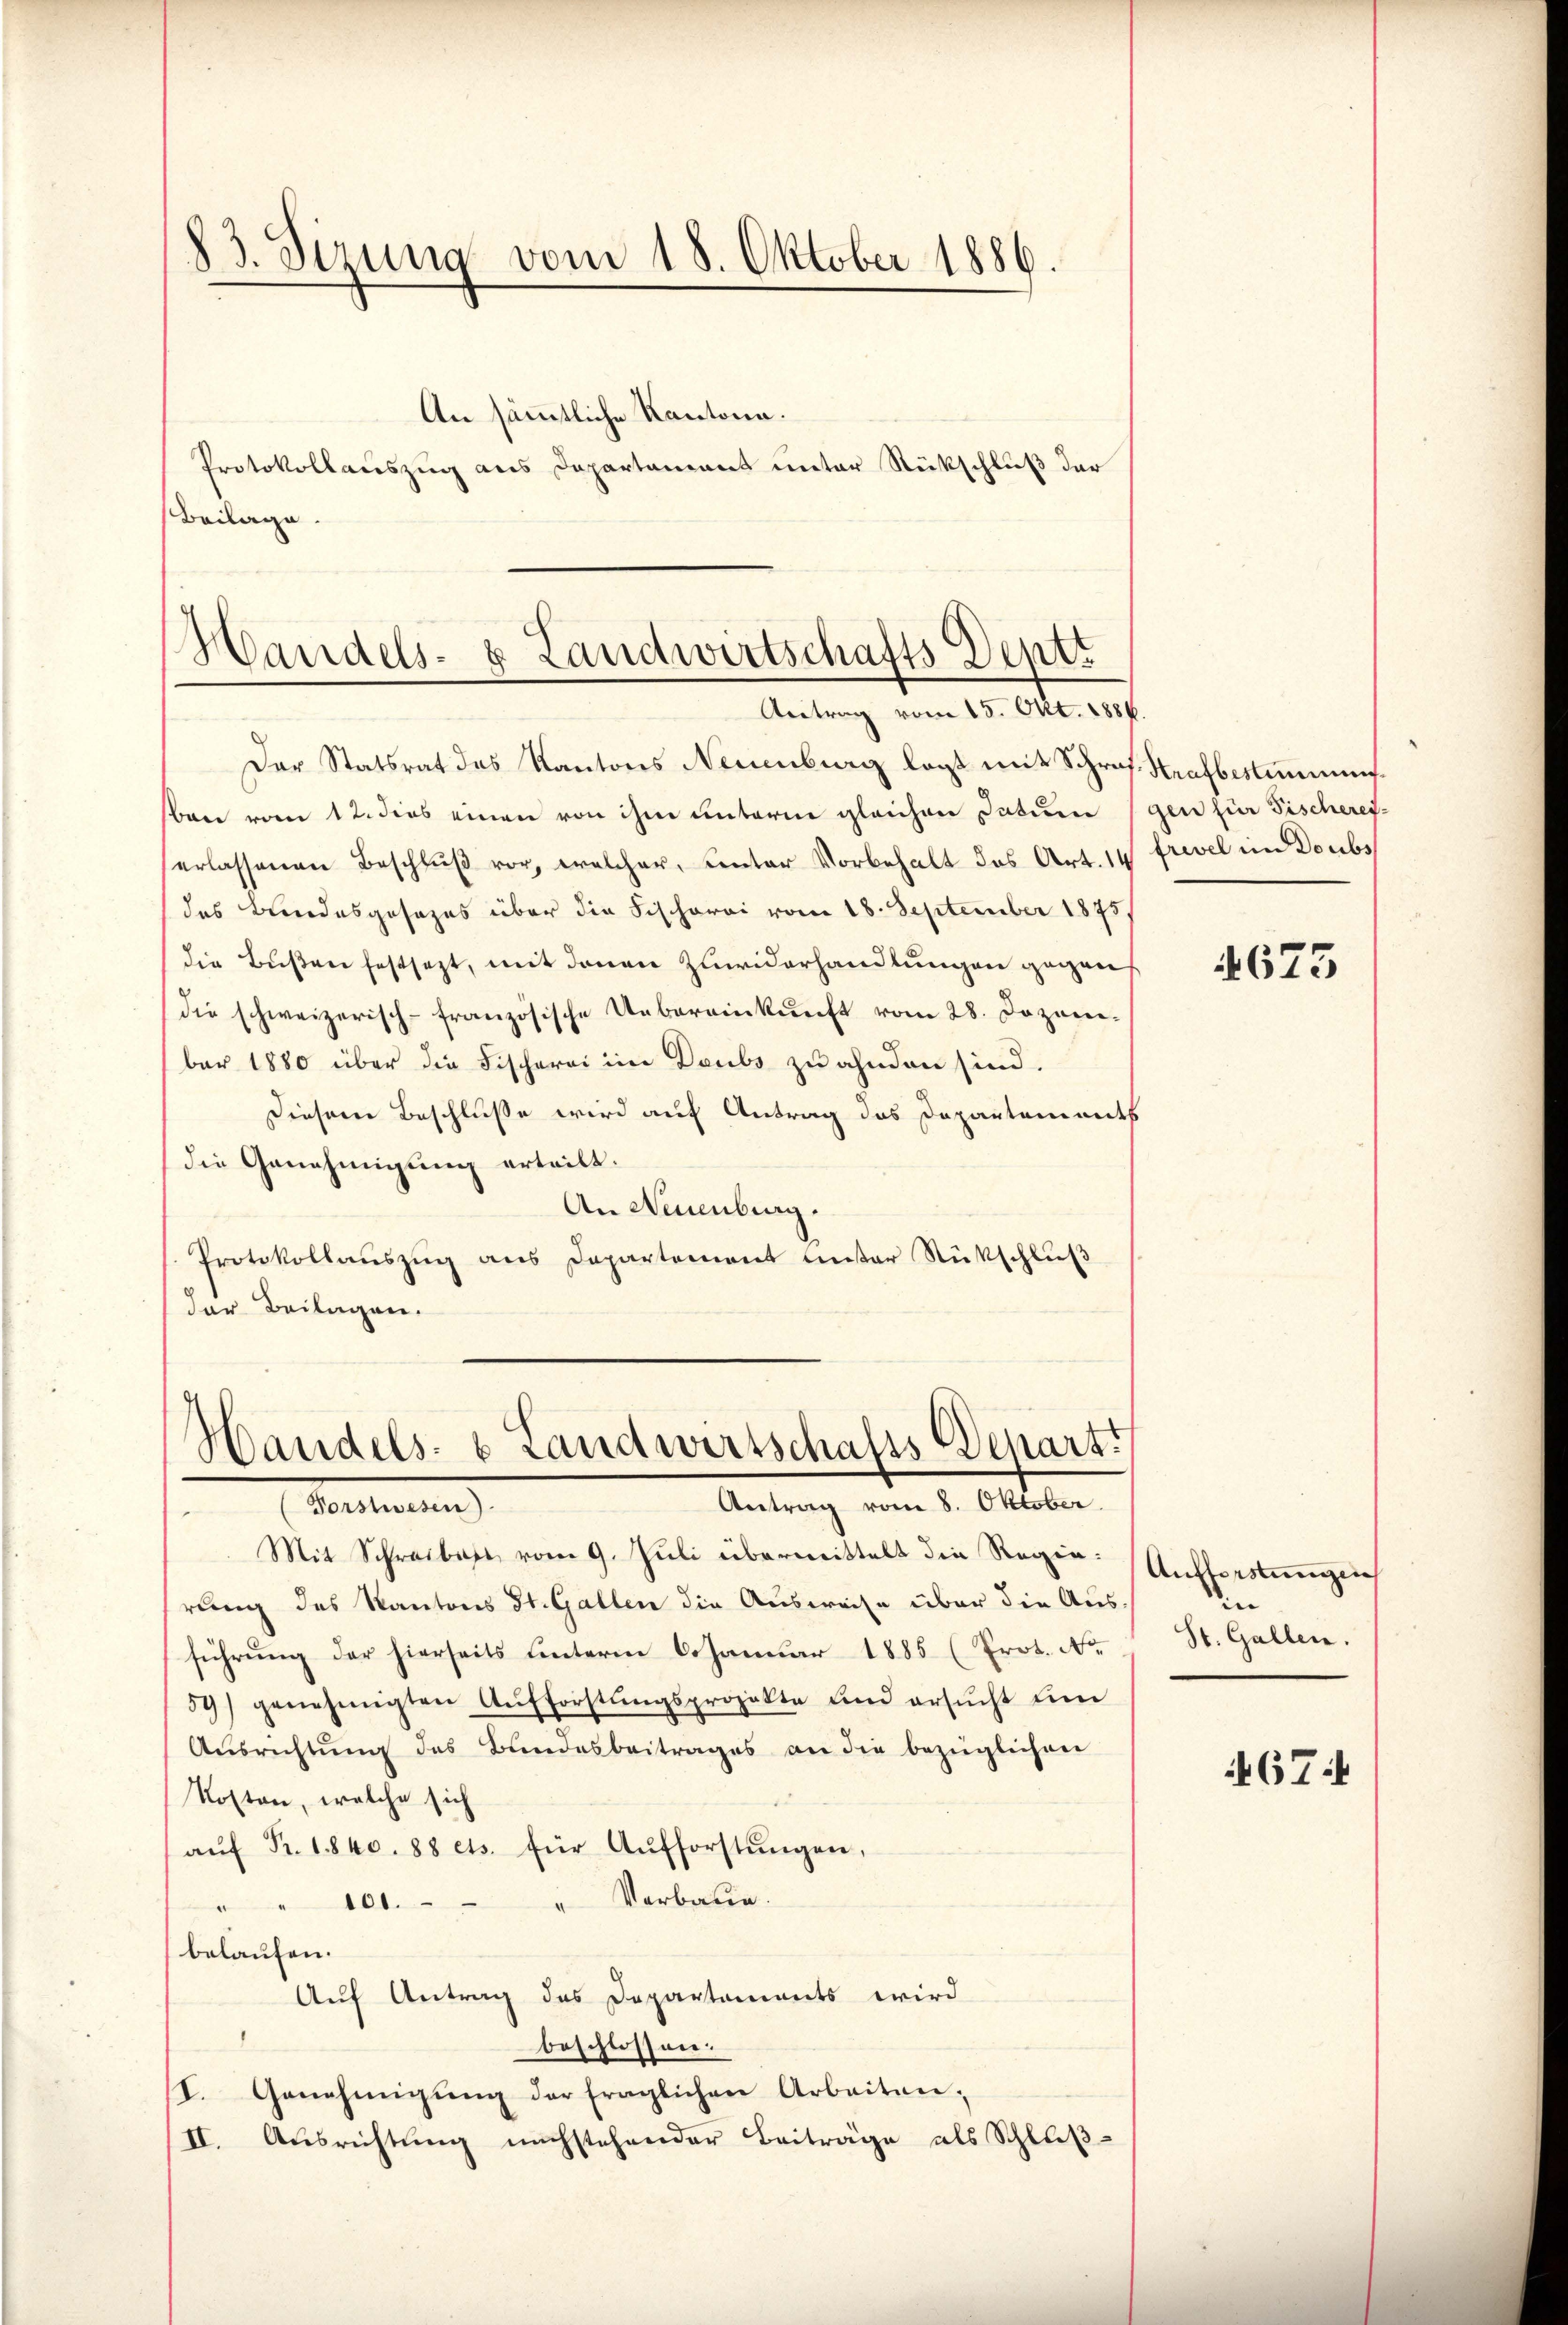
83. Sirung vom 18. Oktober 1886.

Beilage.

An sämmtliche Kantona.
Protokollauszug aus Departament unter Rückschluß der

Handels- & Landwirtschafts-Deptr
Antrag vom 15. Okt. 1884.

Der Statsrat des Kantons Neuenburg lagt mit Schrof. Strafbestimmunben vom 12. dies einen von ihm unterm gleichen Datum (gen für Fischeres-
erlassenen Beschluß vor, welcher, Centar Vorbehalt das Art. 14 frevel in Doubs
des Bundesgesezes über die Fischerei vom 18. September 1875
die Bußen festsezt, mit denen Zuwiderhandlungen gegens
die schweizerisch-französische Uebereinkŭnft vom 28. Dezem-
ber 1880 über die Fischerei im Doubs zu ahnden sind.
Diesem Beschluße wird auf Antrag das Departements
die Genehmigung erteilt.
An Neuenburg.
Protokollaŭszŭg ans Departement unter Rückschlŭβ
der Beilagen.

Handels- & Landwirtschafts Depart.
Antrag vom 8. Oktober.
Vertretung

Mit Schreibart vom 9. Juli übermittelt die Regierung des Kantons St. Gallen die Ausweise über die Aus-
führung der hierseits unterm 6. Januar 1885 (Prot. No
59) genehmigten Aufforstungsprojekte und ersucht um
Aŭsrichtŭng des Bundesbeitrages an die bezüglichen
Kosten, welche sich
aŭf Fr. 1840. 88 ets. für Aŭfforstŭngen,
" Verbaue.
" " 101.
belaufen.
Auf Antrag des Departements wird
beschlossen.
I. Genehmigŭng der fraglichen Arbeiten,
II. Ausrichtung nachstehender Beiträge als Schluß¬

4673

Aufforstungen
i |
St. Gallen.

67: